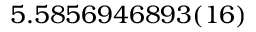
5 . 5 8 5 6 9 4 6 8 9 3 ( 1 6 )